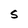
Character: S